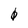
Character: 0